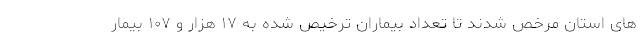
های استان مرخص شدند تا تعداد بیماران ترخیص شده به ۱۷ هزار و ۱۰۷ بیمار